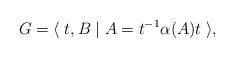
LaTeX: \begin{align*}G = \langle\; t, B \mid A = t^{-1}\alpha (A)t\;\rangle,\end{align*}